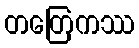
တတြေကဿ